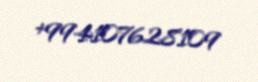
+994107628109